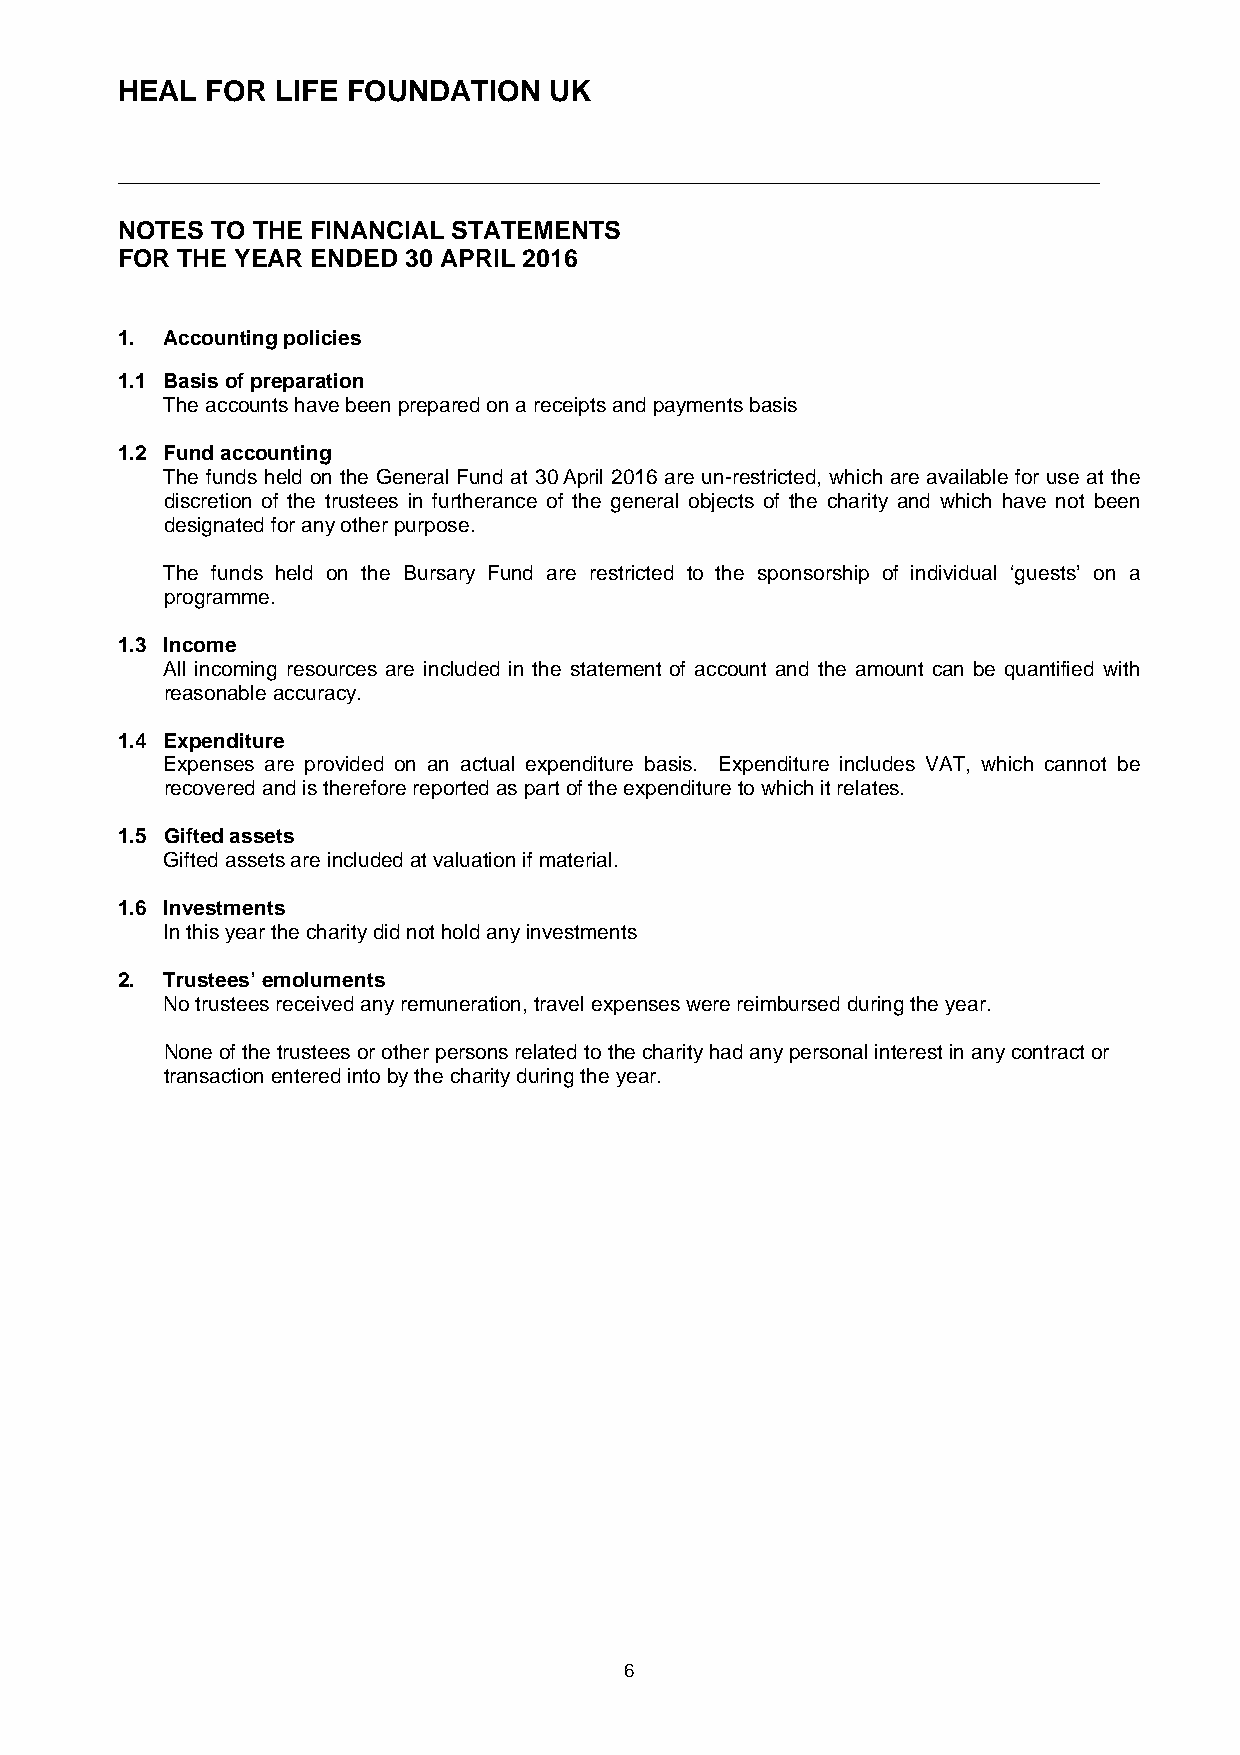
HEAL  FOR LIFE FOUNDATION   UK
 _____________________________________________________________________________
 NOTES TO THE FINANCIAL STATEMENTS
 FOR THE YEAR ENDED 30 APRIL 2016
 1. Accounting policies
 1.1 Basis of preparation
 The accounts have been prepared on a receipts and payments basis
 1.2 Fund accounting
 The funds held on the General Fund at 30 April 2016 are un-restricted, which are available for use at the
 discretion of the trustees in furtherance of the general objects of the charity and which have not been
 designated for any other purpose.
 The funds held on the Bursary Fund are restricted to the sponsorship of individual ‘guests’ on a
 programme.
 1.3 Income
 All incoming resources are included in the statement of account and the amount can be quantified with
 reasonable accuracy.
 1.4 Expenditure
 Expenses are provided on an actual expenditure basis. Expenditure includes VAT, which cannot be
 recovered and is therefore reported as part of the expenditure to which it relates.
 1.5 Gifted assets
 Gifted assets are included at valuation if material.
 1.6 Investments
 In this year the charity did not hold any investments
 2. Trustees’ emoluments
 No trustees received any remuneration, travel expenses were reimbursed during the year.
 None of the trustees or other persons related to the charity had any personal interest in any contract or
 transaction entered into by the charity during the year.
 6